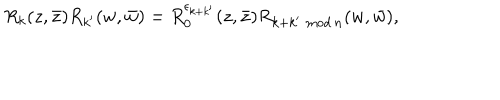
{ R } _ { k } ( z , \bar { z } ) { R } _ { k ^ { \prime } } ( w , \bar { w } ) = { R } _ { 0 } ^ { \epsilon _ { k + k ^ { \prime } } } ( z , \bar { z } ) { R } _ { k + k ^ { \prime } \, \, \mathrm { m o d } \, n } ( w , \bar { w } ) ,